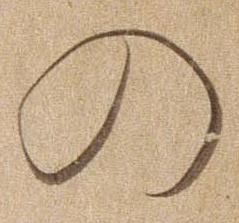
の